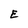
Character: E